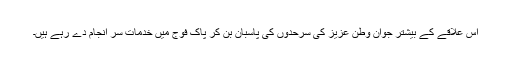
اس علاقے کے بیشتر جوان وطن عزیز کی سرحدوں کی پاسبان بن کر پاک فوج میں خدمات سر انجام دے رہے ہیں۔